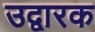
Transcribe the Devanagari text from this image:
उद्वारक